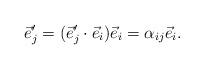
LaTeX: \begin{align*}\begin{aligned} \vec e_j'=(\vec e_j'\cdot\vec e_i)\vec e_i=\alpha_{ij}\vec e_i.\end{aligned}\end{align*}